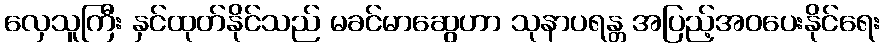
လှေသူကြီး နှင်ထုတ်နိုင်သည် မခင်မာဆွေဟာ သုနာပရန္တ အပြည့်အဝပေးနိုင်ရေး